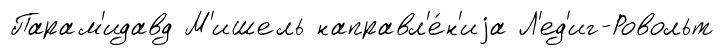
Парам'идавд М'ишель направл'е́н'иjа Л'ед'иг-Ровольт